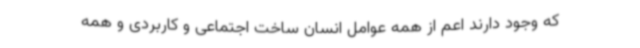
که وجود دارند اعم از همه عوامل انسان ساخت اجتماعی و کاربردی و همه